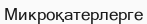
Микроқатерлерге